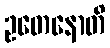
ဥတေနောတိ